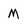
Character: M